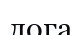
лога